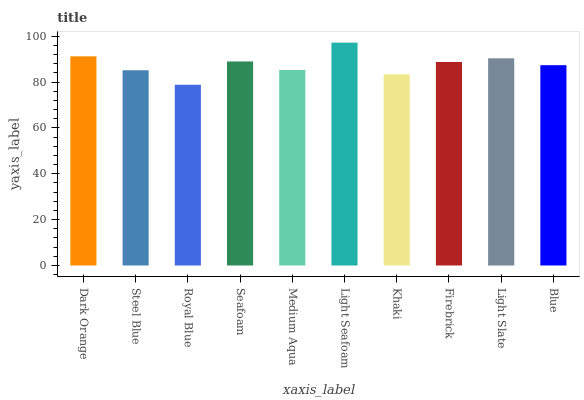
| xaxis_label | bars |
 | --- | --- |
 | Dark Orange | 91.3 |
 | Steel Blue | 85.2 |
 | Royal Blue | 78.9 |
 | Seafoam | 89 |
 | Medium Aqua | 85.3 |
 | Light Seafoam | 97.2 |
 | Khaki | 83.4 |
 | Firebrick | 88.8 |
 | Light Slate | 90.4 |
 | Blue | 87.4 |